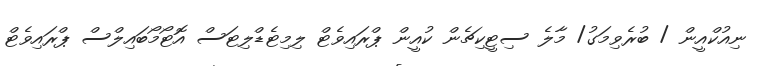
ނިއުކްއީން / ބުރެވިމަގު/ މާލެ ސިޓީކިޗެން ކުއީން ޕްރައިވެޓް ލިމިޓެޑްލިޓަސް އޮޓޯމޯބައިލްސް ޕްރައިވެޓް